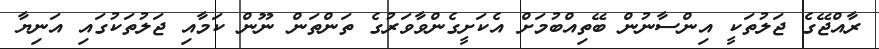
ރާއްޖޭގެ ޖަލުތަކީ އިންސާނުން ބޭތިއްބުމަށް އެކަށީގެންވާވަރުގެ ތަންތަން ނޫން ކަމާއި ޖަލުތަކުގައި އަނިޔާ